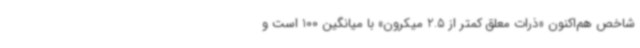
شاخص هم‌اکنون «ذرات معلق کمتر از 2.5 میکرون» با میانگین 100 است و